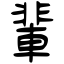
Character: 輩